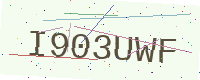
Text: I903UWF